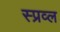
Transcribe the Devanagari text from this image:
स्प्रव्ल